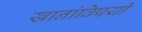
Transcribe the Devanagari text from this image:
खानांविषयी